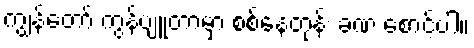
ကျွန်တော် ကွန်ပျူတာမှာ စစ်နေတုန်း ခဏ စောင့်ပါ။